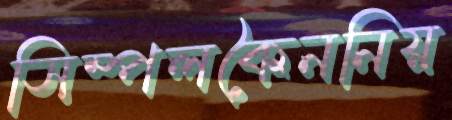
সিম্পলকৈননিয়